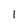
Character: l